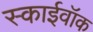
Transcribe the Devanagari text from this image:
स्काईवॉक